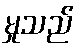
မှုသည်